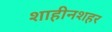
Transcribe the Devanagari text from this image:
शाहीनशहर